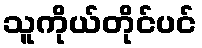
သူကိုယ်တိုင်ပင်